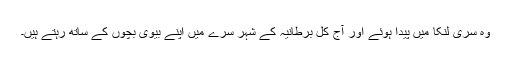
وہ سری لنکا میں پیدا ہوئے اور آج کل برطانیہ کے شہر سرے میں اپنے بیوی بچوں کے ساتھ رہتے ہیں۔